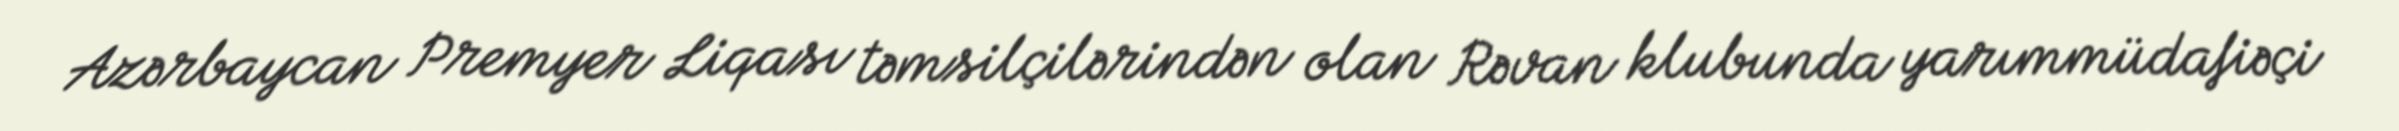
Azərbaycan Premyer Liqası təmsilçilərindən olan Rəvan klubunda yarımmüdafiəçi